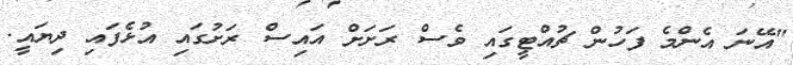
"އޭނަ އެންމެ ފަހުން ޗުއްޓީގައި ވެސް ރަށަށް އައިސް ރަށުގައި އުޅެފައި ދިޔައީ.